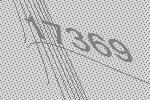
17369